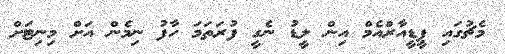
މެޗުގައި ޕީޑީއާރްއެމް އިން ލީޑު ނެގީ ފުރަތަަމަ ހާފު ނިމެން އަށް މިނިޓަށް